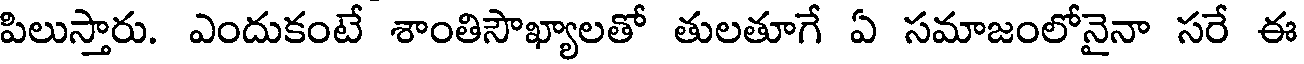
పిలుస్తారు. ఎందుకంటే శాంతిసౌఖ్యాలతో తులతూగే ఏ సమాజంలోనైనా సరే ఈ